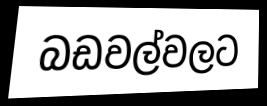
බඩවල්වලට